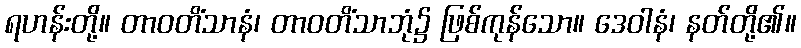
ရဟန်းတို့။ တာဝတိံသာနံ၊ တာဝတိံသာဘုံ၌ ဖြစ်ကုန်သော။ ဒေဝါနံ၊ နတ်တို့၏။